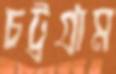
চট্রগ্রাম